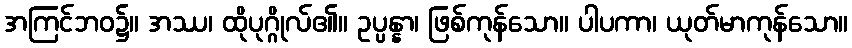
အကြင်ဘဝ၌။ အဿ၊ ထိုပုဂ္ဂိုလ်၏။ ဥပ္ပန္နာ၊ ဖြစ်ကုန်သော။ ပါပကာ၊ ယုတ်မာကုန်သော။